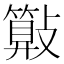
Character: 𣀔